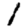
Digit: 1